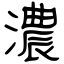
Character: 濃